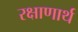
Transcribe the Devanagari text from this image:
रक्षाणार्थ